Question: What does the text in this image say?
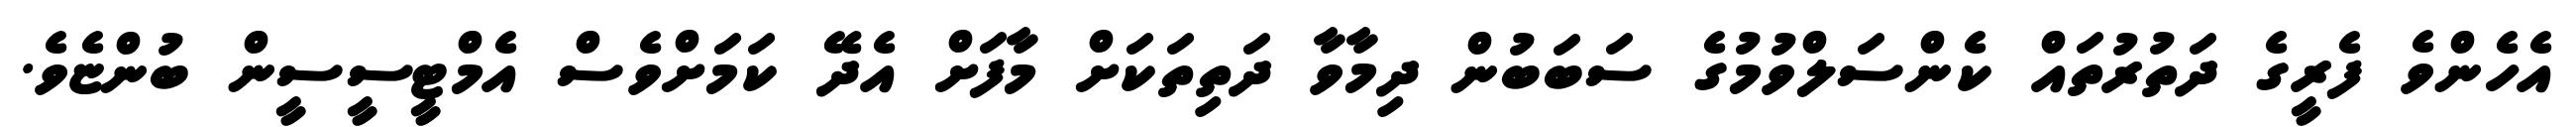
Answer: އެހެންވެ ފެރީގެ ދަތުރުތައް ކެންސަލްވުމުގެ ސަބަބުން ދިމާވާ ދަތިތަކަށް މާފަށް އެދޭ ކަމަށްވެސް އެމްޓީސީސީން ބުންޏެވެ.